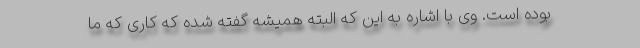
بوده است. وی با اشاره به این که البته همیشه گفته شده که کاری که ما